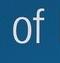
of